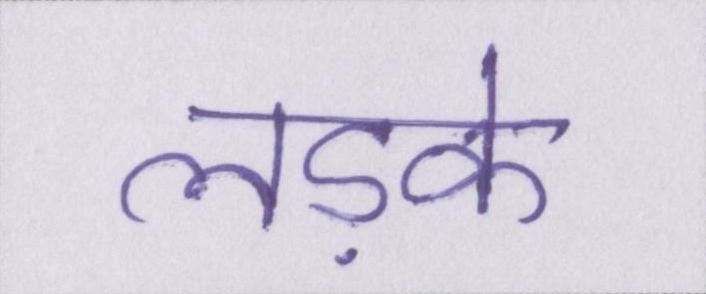
लड़के